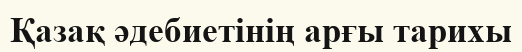
Қазақ әдебиетінің арғы тарихы